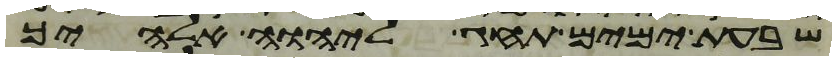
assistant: שבעת ימים תחג ליהוה אלהיך